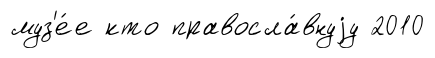
муз'е́е кто правосла́внуjу 2010